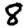
Digit: 8